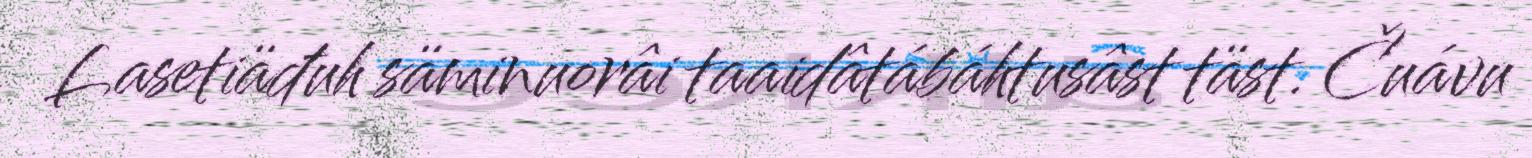
Lasetiäđuh säminuorâi taaidâtábáhtusâst täst. Čuávu